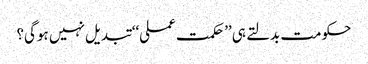
حکومت بدلتے ہی ’’حکمت عملی‘‘ تبدیل نہیں ہوگی؟